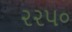
૨૨૫૦